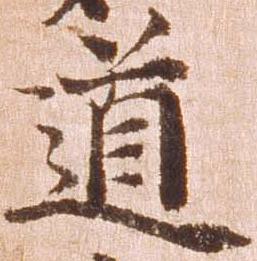
道